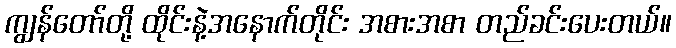
ကျွန်တော်တို့ ထိုင်းနဲ့အနောက်တိုင်း အစားအစာ တည်ခင်းပေးတယ်။